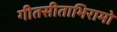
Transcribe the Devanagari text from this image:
गीतसीताभिरामो